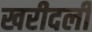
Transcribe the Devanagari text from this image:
खरीदली